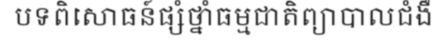
បទពិសោធន៍ផ្សំថ្នាំធម្មជាតិព្យាបាលជំងឺ